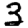
Digit: 3